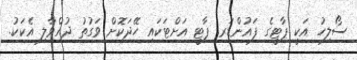
ސޯލިހު އަކީ ޕާޓީގެ ފައުންޑަރ. ޕާޓީ އަށްޓަކައި ހޭދަކޮށް ވަގުތު ދުއްވާލި އެކަކު.